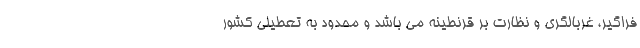
فراگیر، غربالگری و نظارت بر قرنطینه می باشد و محدود به تعطیلی کشور